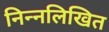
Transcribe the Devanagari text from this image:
निन्नलिखित